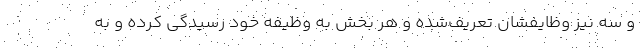
و سه نیز وظایفشان تعریف‌شده و هر بخش به وظیفه خود رسیدگی کرده و به